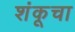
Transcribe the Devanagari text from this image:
शंकूचा